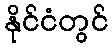
နိုင်ငံတွင်